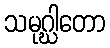
သမုဂ္ဃါတော